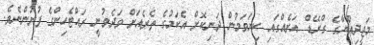
މަޖީދިއްޔާގެ ގްރޭޑް އަށެއްގައި ކިޔަވަމުން ދަނިކޮށް އެކަމުގެ ތެރެއަށް ވަދެވުނީ ރައްޓެހިންގެ ފުށުންނެވެ.